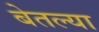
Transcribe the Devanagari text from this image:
बेतल्या